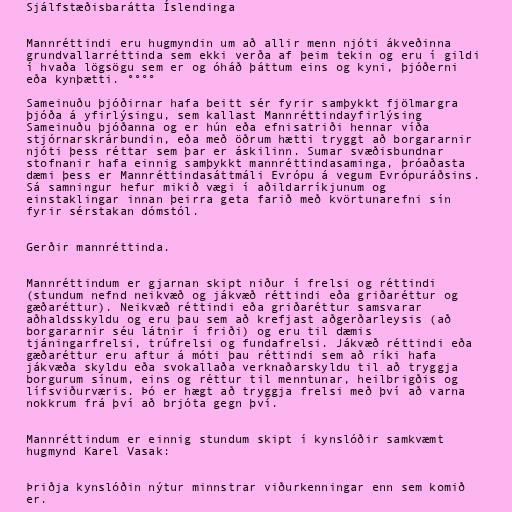
Sjálfstæðisbarátta Íslendinga

Mannréttindi eru hugmyndin um að allir menn njóti ákveðinna
grundvallarréttinda sem ekki verða af þeim tekin og eru í gildi
í hvaða lögsögu sem er og óháð þáttum eins og kyni, þjóðerni
eða kynþætti. °°°°

Sameinuðu þjóðirnar hafa beitt sér fyrir samþykkt fjölmargra
þjóða á yfirlýsingu, sem kallast Mannréttindayfirlýsing
Sameinuðu þjóðanna og er hún eða efnisatriði hennar víða
stjórnarskrárbundin, eða með öðrum hætti tryggt að borgararnir
njóti þess réttar sem þar er áskilinn. Sumar svæðisbundnar
stofnanir hafa einnig samþykkt mannréttindasaminga, þróaðasta
dæmi þess er Mannréttindasáttmáli Evrópu á vegum Evrópuráðsins.
Sá samningur hefur mikið vægi í aðildarríkjunum og
einstaklingar innan þeirra geta farið með kvörtunarefni sín
fyrir sérstakan dómstól.

Gerðir mannréttinda.

Mannréttindum er gjarnan skipt niður í frelsi og réttindi
(stundum nefnd neikvæð og jákvæð réttindi eða griðaréttur og
gæðaréttur). Neikvæð réttindi eða griðaréttur samsvarar
aðhaldsskyldu og eru þau sem að krefjast aðgerðarleysis (að
borgararnir séu látnir í friði) og eru til dæmis
tjáningarfrelsi, trúfrelsi og fundafrelsi. Jákvæð réttindi eða
gæðaréttur eru aftur á móti þau réttindi sem að ríki hafa
jákvæða skyldu eða svokallaða verknaðarskyldu til að tryggja
borgurum sínum, eins og réttur til menntunar, heilbrigðis og
lífsviðurværis. Þó er hægt að tryggja frelsi með því að varna
nokkrum frá því að brjóta gegn því.

Mannréttindum er einnig stundum skipt í kynslóðir samkvæmt
hugmynd Karel Vasak:

Þriðja kynslóðin nýtur minnstrar viðurkenningar enn sem komið
er.